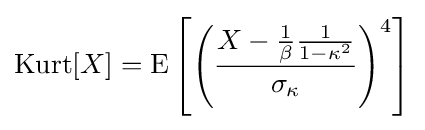
\operatorname {Kurt} [X]=\operatorname {E} \left[\left({\frac {X-{\frac {1}{\beta }}{\frac {1}{1-\kappa ^{2}}}}{\sigma _{\kappa }}}\right)^{4}\right]